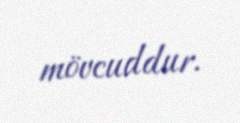
mövcuddur.